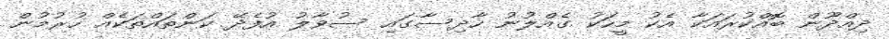
ދިއްދޫން ބޮއްކުރައަކާ އެކު މީހަކު ގެއްލުނު ހާދިސާގައި ސުވާލު އުފެދޭ ކަންތައްތަކެއް ހުރުމުން